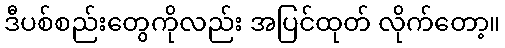
ဒီပစ်စည်းတွေကိုလည်း အပြင်ထုတ် လိုက်တော့။